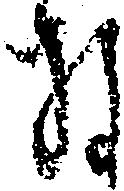
な